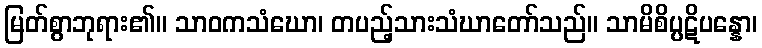
မြတ်စွာဘုရား၏။ သာဝကသံဃော၊ တပည့်သားသံဃာတော်သည်။ သာမိစိပ္ပဋိပန္နော၊